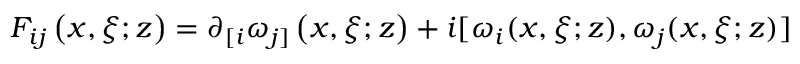
F _ { i j } \left( x , \xi ; z \right) = \partial _ { \lbrack i } \omega _ { j ] } \left( x , \xi ; z \right) + i [ \omega _ { i } ( x , \xi ; z ) , \omega _ { j } ( x , \xi ; z ) ]